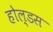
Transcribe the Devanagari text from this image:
होल्डस